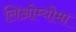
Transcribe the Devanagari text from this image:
लिओम्योमा